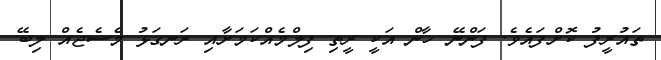
ތައުރީފު ކޮށްފައެވެ. ފަންނޭ ޚާން އަކީ ރީތި ފިލްމެއްކަމަށާއި ރަނގަޅު މެސެޖެއް ލިބޭ